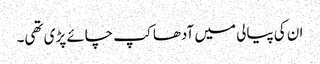
ان کی پیالی میں آدھا کپ چائے پڑی تھی۔